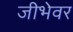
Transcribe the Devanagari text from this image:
जीभेवर